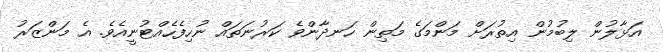
އަޅާލުން ލިބުމުން އިތުރަށް މަންމަގެ މަތިން ހަނދާންވެ ކަރުނަތައް ނުހިފެހެއްޓުނީއެވެ. އެ މަންޒަރު